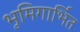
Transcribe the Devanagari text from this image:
भूमिगार्भित